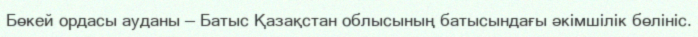
Бөкей ордасы ауданы — Батыс Қазақстан облысының батысындағы әкімшілік бөлініс.